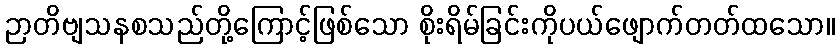
ဉာတိဗျသနစသည်တို့ကြောင့်ဖြစ်သော စိုးရိမ်ခြင်းကိုပယ်ဖျောက်တတ်ထသော။